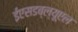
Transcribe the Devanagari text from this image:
ईएसडब्ल्यूएल